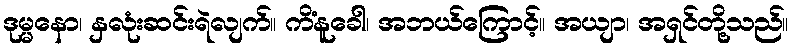
ဒုမ္မနော၊ နှလုံးဆင်းရဲလျက်။ ကိံနူခေါ၊ အဘယ်ကြောင့်။ အယျာ၊ အရှင်တို့သည်။